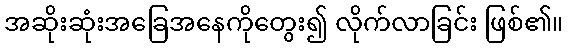
အဆိုးဆုံးအခြေအနေကိုတွေး၍ လိုက်လာခြင်း ဖြစ်၏။